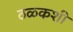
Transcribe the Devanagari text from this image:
ठळकशी